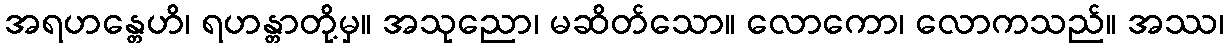
အရဟန္တေဟိ၊ ရဟန္တာတို့မှ။ အသုညော၊ မဆိတ်သော။ လောကော၊ လောကသည်။ အဿ၊